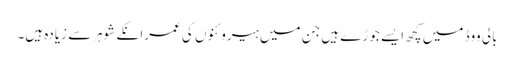
بالی ووڈ میں کچھ ایسے جوڑے ہیں جن میں ہیروئنوں کی عمرانکے شوہرسے زیادہ ہیں۔